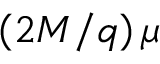
\left( 2 M / q \right) \mu